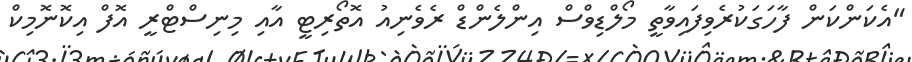
"އެކަންކަން ފާހަގަކުރެވިފައިވާތީ މޯލްޑިވްސް އިންލެންޑް ރެވެނިއު އޮތޯރިޓީ އާއި މިނިސްޓްރީ އޮފް އިކޮނޮމިކް